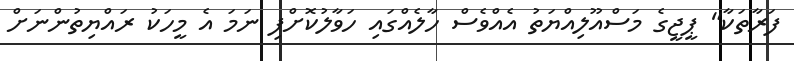
ފަރާތަކާ" ޕީޖީގެ މަސްއޫލިއްޔަތު އެއްވެސް ހާލެއްގައި ހަވާލުކޮށްފި ނަމަ އެ މީހަކު ރައްޔިތުންނަށް